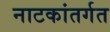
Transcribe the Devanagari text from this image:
नाटकांतर्गत